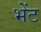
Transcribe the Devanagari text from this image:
भेेंट